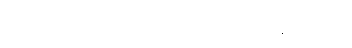
ကဲကဲ ရွာထဲက အတင်းအဖျင်းတွေ ပြောပါဦး